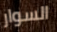
السوار